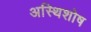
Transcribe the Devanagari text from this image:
अस्थिशोष